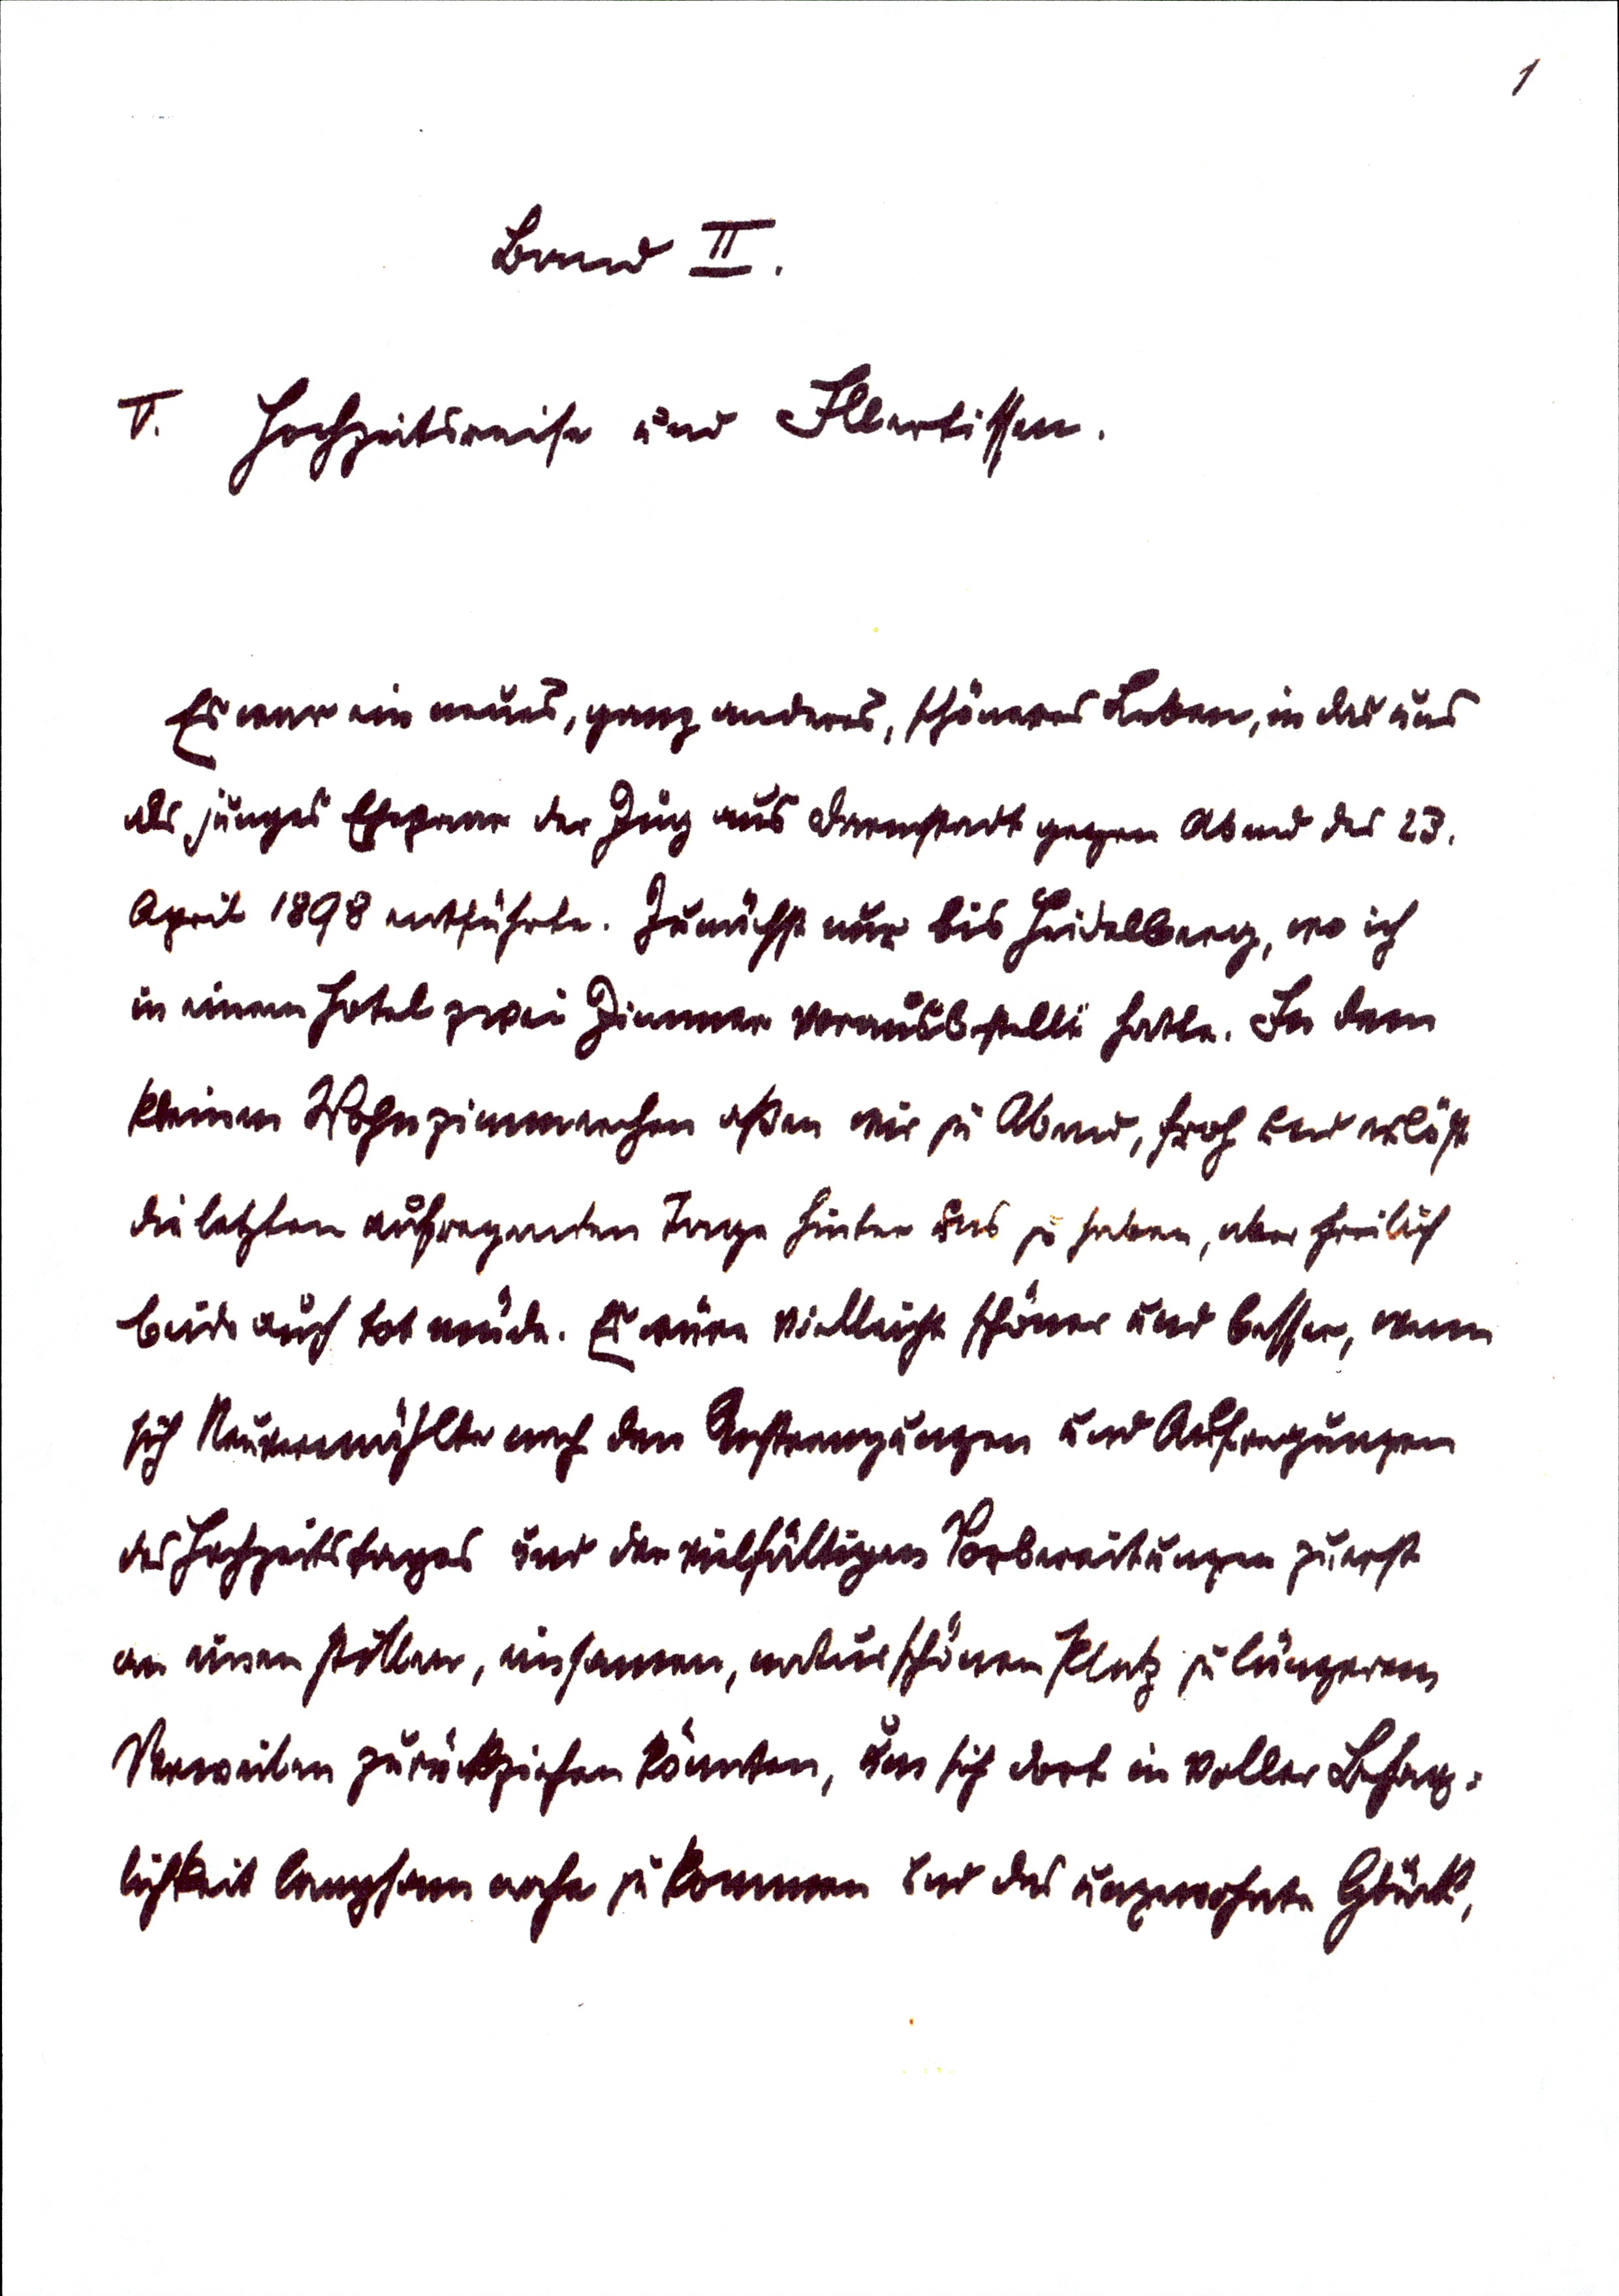
1
Band II.
V. Hochzeitsreise und Illertissen
Er war ein neues, ganz anderes, schönes Leben, in das uns
als junges Ehepaar der Zug aus Darmstadt gegen Abend des 23.
April 1898 entführte. Zunächst nur bis Heidelberg, wo ich
in einem Hotel zwei Zimmer vorausbestellt hatte. In dem
kleinen Wohnzimmerchen aßen wir zu Abend, froh und erlöst
die letzten aufregenden Tage hinter uns zu haben, aber freilich
beide auch tot müde. Es wäre vielleicht schöner und besser, wenn
sich Neuvermählte nach den Anstrengungen und Aufregungen
des Hochzeitstages und der vielfältigen Vorbereitungen zuerst
an einen stillen, einsamen, naturschönen Platz zu längerem
Verweilen zurückziehen könnten, um sich dort in voller Behag¬
lichkeit langsam nahe zu kommen und das ungewohnte Glück,